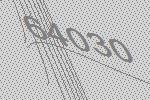
64030